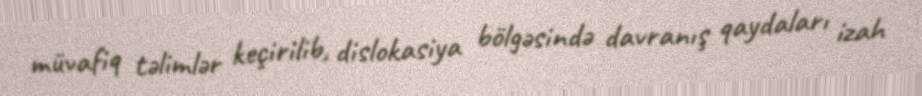
müvafiq təlimlər keçirilib, dislokasiya bölgəsində davranış qaydaları izah